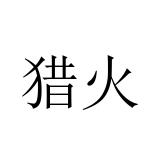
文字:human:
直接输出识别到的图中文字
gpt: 猎火